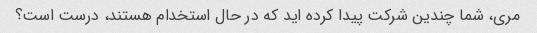
مری، شما چندین شرکت پیدا کرده اید که در حال استخدام هستند، درست است؟